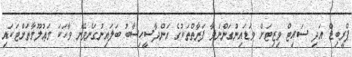
ޕްރީބިޑް އަދި ސައިޓް ވިޒިޓަށް ވަޑައިނުގަންނަވާ ފަރާތްތަކުގެ އަންދާސީހިސާބު ބަލައިނުގަނެވޭނެ ވާހަކަ މަޢުލޫމާތަށްޓަކައި